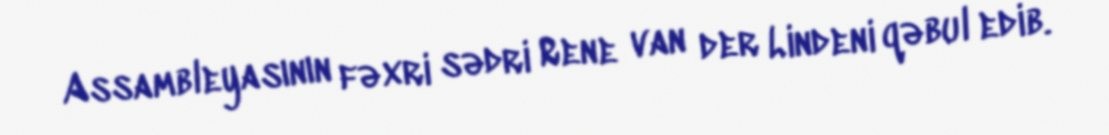
Assambleyasının fəxri sədri Rene van der Lindeni qəbul edib.